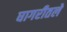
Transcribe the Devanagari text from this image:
घागरीतले